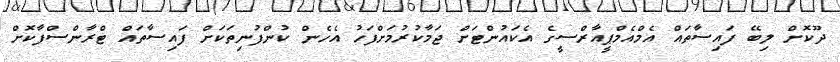
ދޫކޮށް ލިބޭ ފައިސާތައް އެމްއެމްޕީއާރްސީގެ އެކައުންޓަށް ޖަމާކުރުމަށްފަހު އެހެން ކުންފުނިތަކަށް ފައިސާތައް ޓްރާންސްފާކޮށް